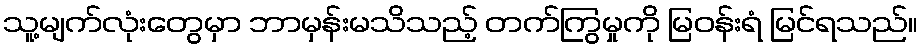
သူ့မျက်လုံးတွေမှာ ဘာမှန်းမသိသည့် တက်ကြွမှုကို မြဝန်းရံ မြင်ရသည်။